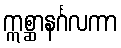
ဣစ္ဆာနင်္ဂလကာ